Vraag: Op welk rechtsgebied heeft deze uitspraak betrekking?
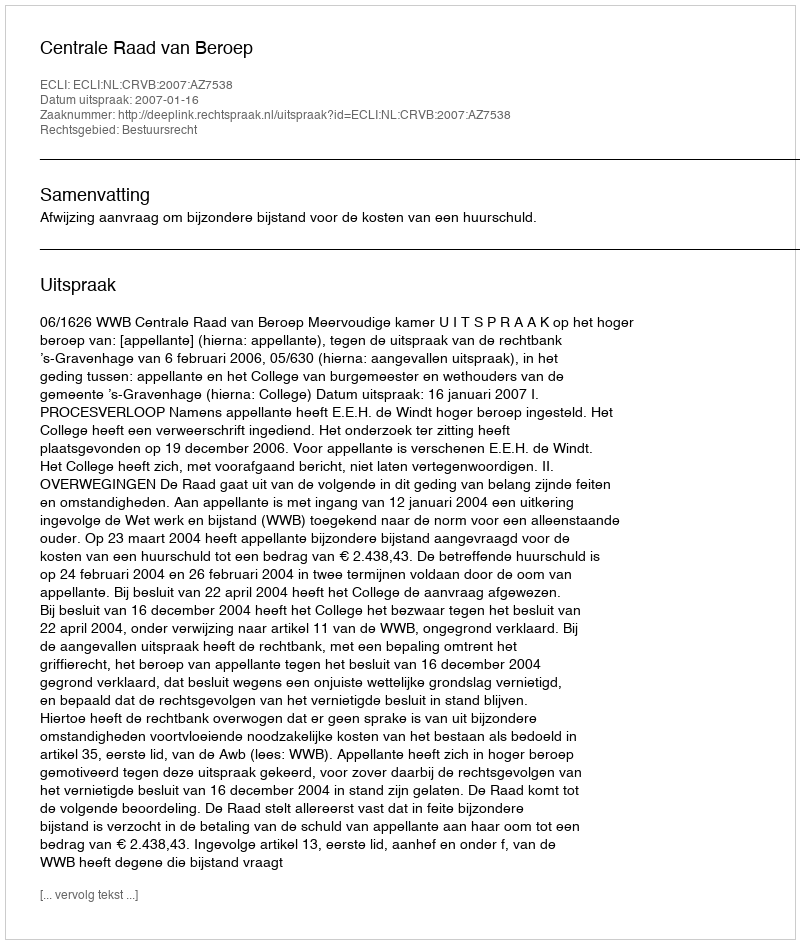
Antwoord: Bestuursrecht